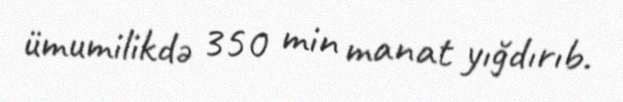
ümumilikdə 350 min manat yığdırıb.